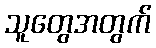
သူတွေအတွက်